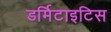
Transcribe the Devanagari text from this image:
डर्मिटाइटिस